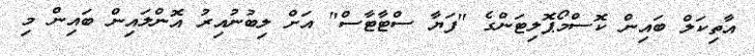
އާތިކަލް ބައިން ކޮސްމޯޕޮލިޓަންގެ "ފަޔާ ސްޓާޓާސް" އަށް ލިބުނުއިރު އޮންލައިން ބައިން މި